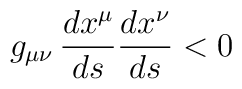
g_{\mu\nu}\, {dx^\mu\over ds} {dx^\nu\over ds} < 0